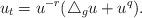
LaTeX: \begin{align*} u_t=u^{-r}(\triangle_g u+u^q). \end{align*}